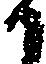
か